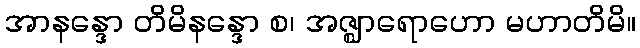
အာနန္ဒော တိမိနန္ဒော စ၊ အဇ္ဈာရောဟော မဟာတိမိ။